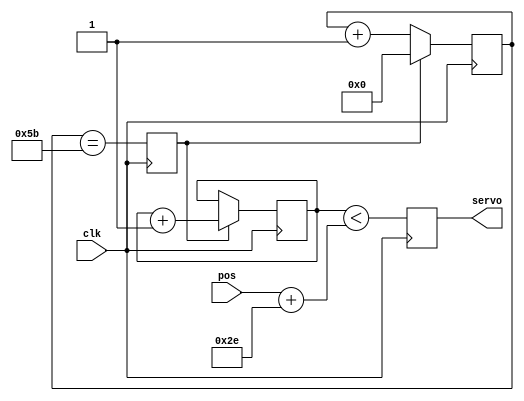
`default_nettype none

//-- Servo test
module ServoUnit(input wire clk,         //-- System clock
                 input wire [7:0] pos,   //-- Servo pos 0 - 255
                 output reg servo);      //-- Servo control signal

localparam M = 93; //-- 94
localparam N = $clog2(M);

reg [N-1:0] divcounter = 0;
reg tic = 0;

//-- Ticks generation. A pulse is emmited every M system clock cycles
always @(posedge clk)
 tic <= (divcounter == M - 2);

//-- Module M counter
always @(posedge clk)
 if (tic)
   divcounter <= 0;
 else
   divcounter <= divcounter + 1;

//-- Angle counter
reg [10:0] angle_counter = 0;

wire [8:0] pose = {1'b0, pos} + 9'd46;

always @(posedge clk)
 if (tic)
   angle_counter <= angle_counter + 1;

always @(posedge clk)
 servo <= (angle_counter < {3'b00, pose});


endmodule